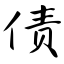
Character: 债